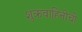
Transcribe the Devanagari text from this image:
शुक्रवाहिनीची